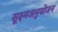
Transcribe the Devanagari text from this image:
सूक्ष्मअनुयोजन